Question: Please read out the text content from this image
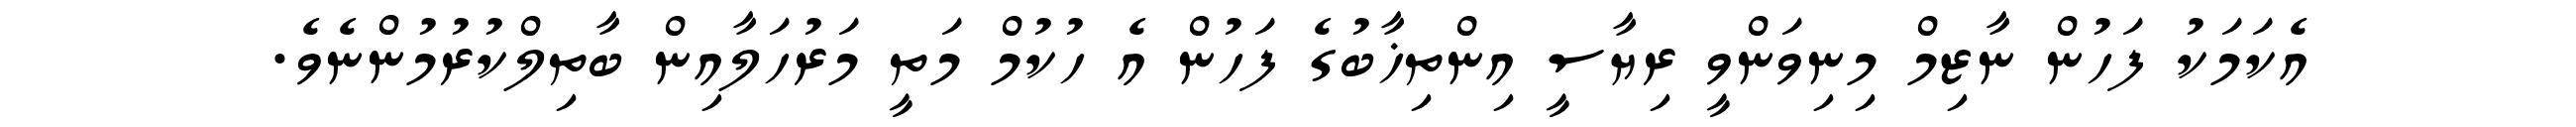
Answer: އެކަމަކު ފަހުން ނާޒިމް މިނިވަންވީ ރިޔާސީ އިންތިޚާބުގެ ފަހުން އެ ހުކުމް މަތީ މަރުހަލާއިން ބާތިލްކުރުމުންނެވެ.